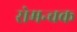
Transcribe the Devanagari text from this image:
रोमन्चक